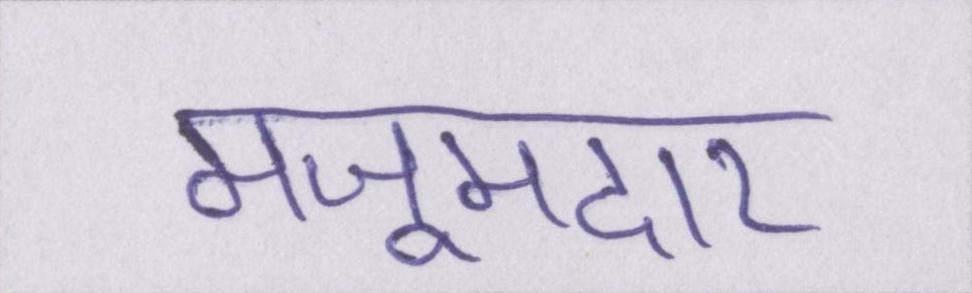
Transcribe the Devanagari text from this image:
मजूमदार